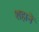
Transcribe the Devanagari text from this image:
शहानें